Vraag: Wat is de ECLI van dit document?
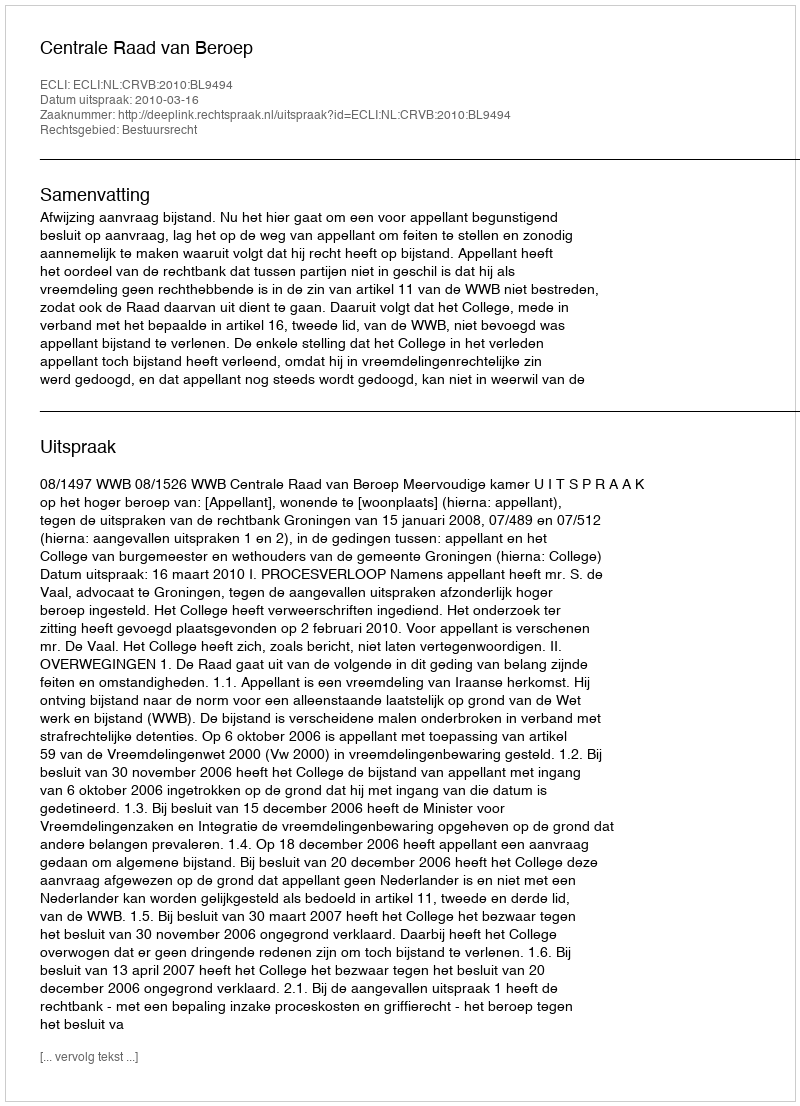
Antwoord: ECLI:NL:CRVB:2010:BL9494